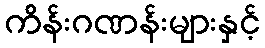
ကိန်းဂဏန်းများနှင့်